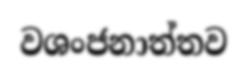
වශංජනාත්තව